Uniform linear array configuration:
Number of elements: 8
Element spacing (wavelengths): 1
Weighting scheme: binomial
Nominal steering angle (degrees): -30
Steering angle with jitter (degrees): -29.028
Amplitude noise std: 0.05
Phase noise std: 0.05

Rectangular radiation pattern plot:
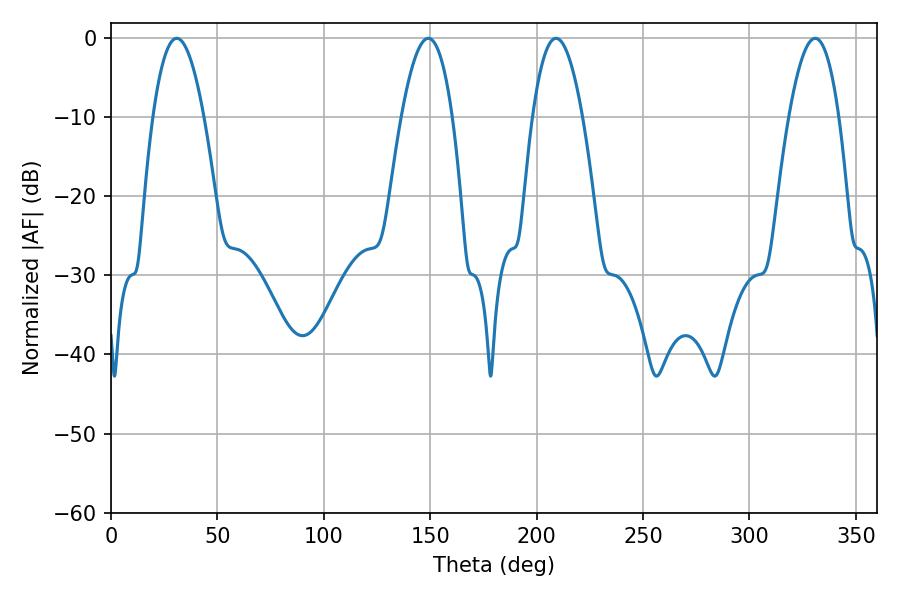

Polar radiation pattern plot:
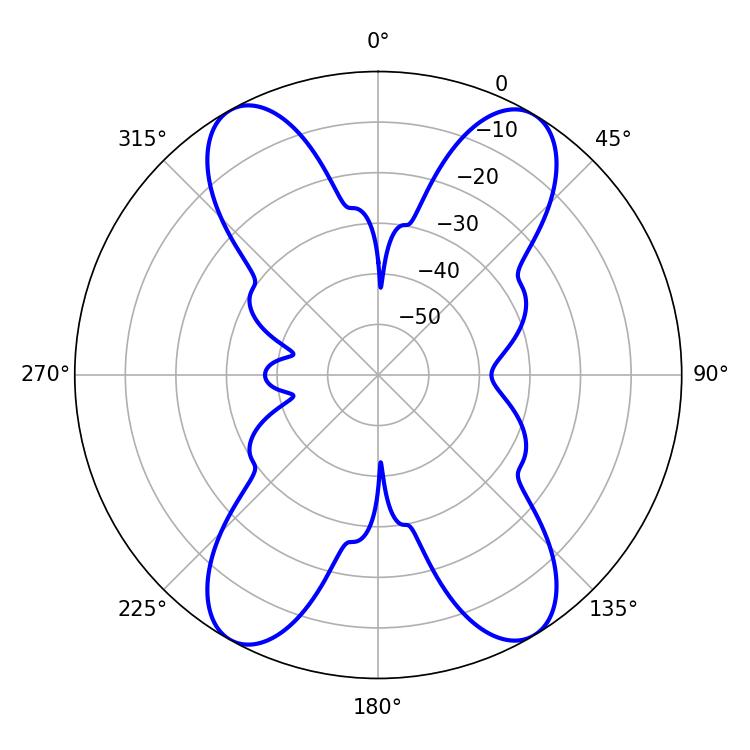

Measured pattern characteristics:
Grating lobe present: TRUE
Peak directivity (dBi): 20.233
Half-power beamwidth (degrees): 12.96
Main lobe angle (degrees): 209.16